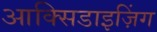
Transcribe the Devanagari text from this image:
आक्सिडाइज़िंग